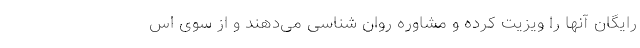
رایگان آنها را ویزیت کرده و مشاوره روان شناسی می‌دهند و از سوی اس